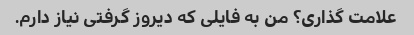
علامت گذاری؟ من به فایلی که دیروز گرفتی نیاز دارم.